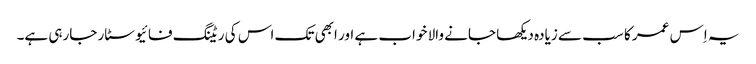
یہ اِس عمر کا سب سے زیادہ دیکھا جانے والا خواب ہے اور ابھی تک اس کی ریٹنگ فائیو سٹار جارہی ہے۔